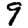
Digit: 9